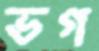
ভগ